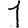
Digit: 1